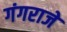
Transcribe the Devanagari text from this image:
गंगराजे